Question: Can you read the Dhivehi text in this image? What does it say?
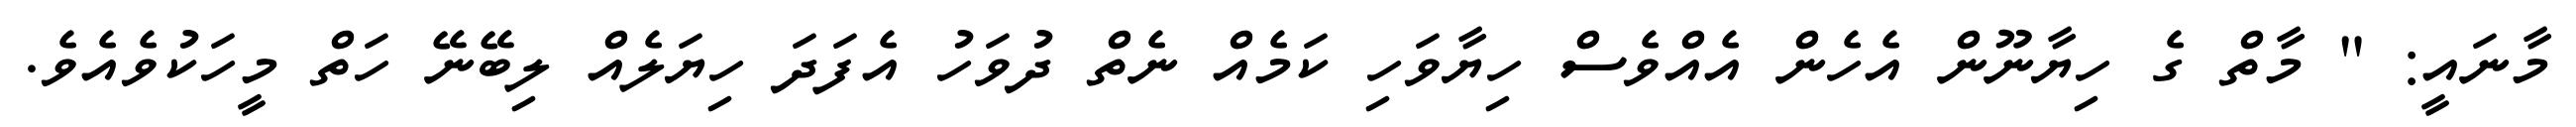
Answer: މާނައީ: " މާތް ގެ ހިޔާނޫން އެހެން އެއްވެސް ހިޔާވަހި ކަމެއް ނެތް ދުވަހު އެފަދަ ހިޔަލެއް ލިބޭނޭ ހަތް މީހަކުވެއެވެ.